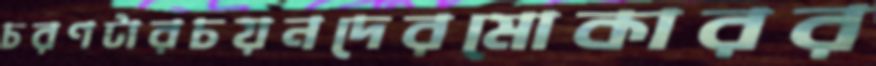
চরণটারচয়নদেরমোকারর